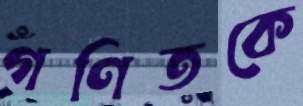
গণিতকে